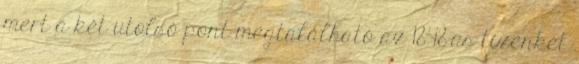
mert a két utolsó pont megtalálható az 1848-as tizenkét